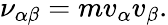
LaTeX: \nu_{\alpha\beta}=mv_{\alpha}v_{\beta}.